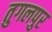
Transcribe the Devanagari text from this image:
तुगलपुर